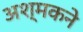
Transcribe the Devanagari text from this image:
अश्मकने